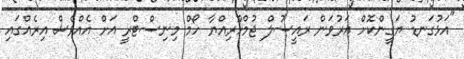
"އަޅުގަނޑު ޔަގީންކޮށް އަރުވަން ރައީސުލް ޖުމްހޫރިއްޔާ ހޯމް މިނިސްޓްރީ އަށް އެއްވެސް އިރެއްގައި